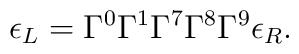
\epsilon_L = \Gamma^0 \Gamma^1 \Gamma^7 \Gamma^8 \Gamma^9 \epsilon_R.